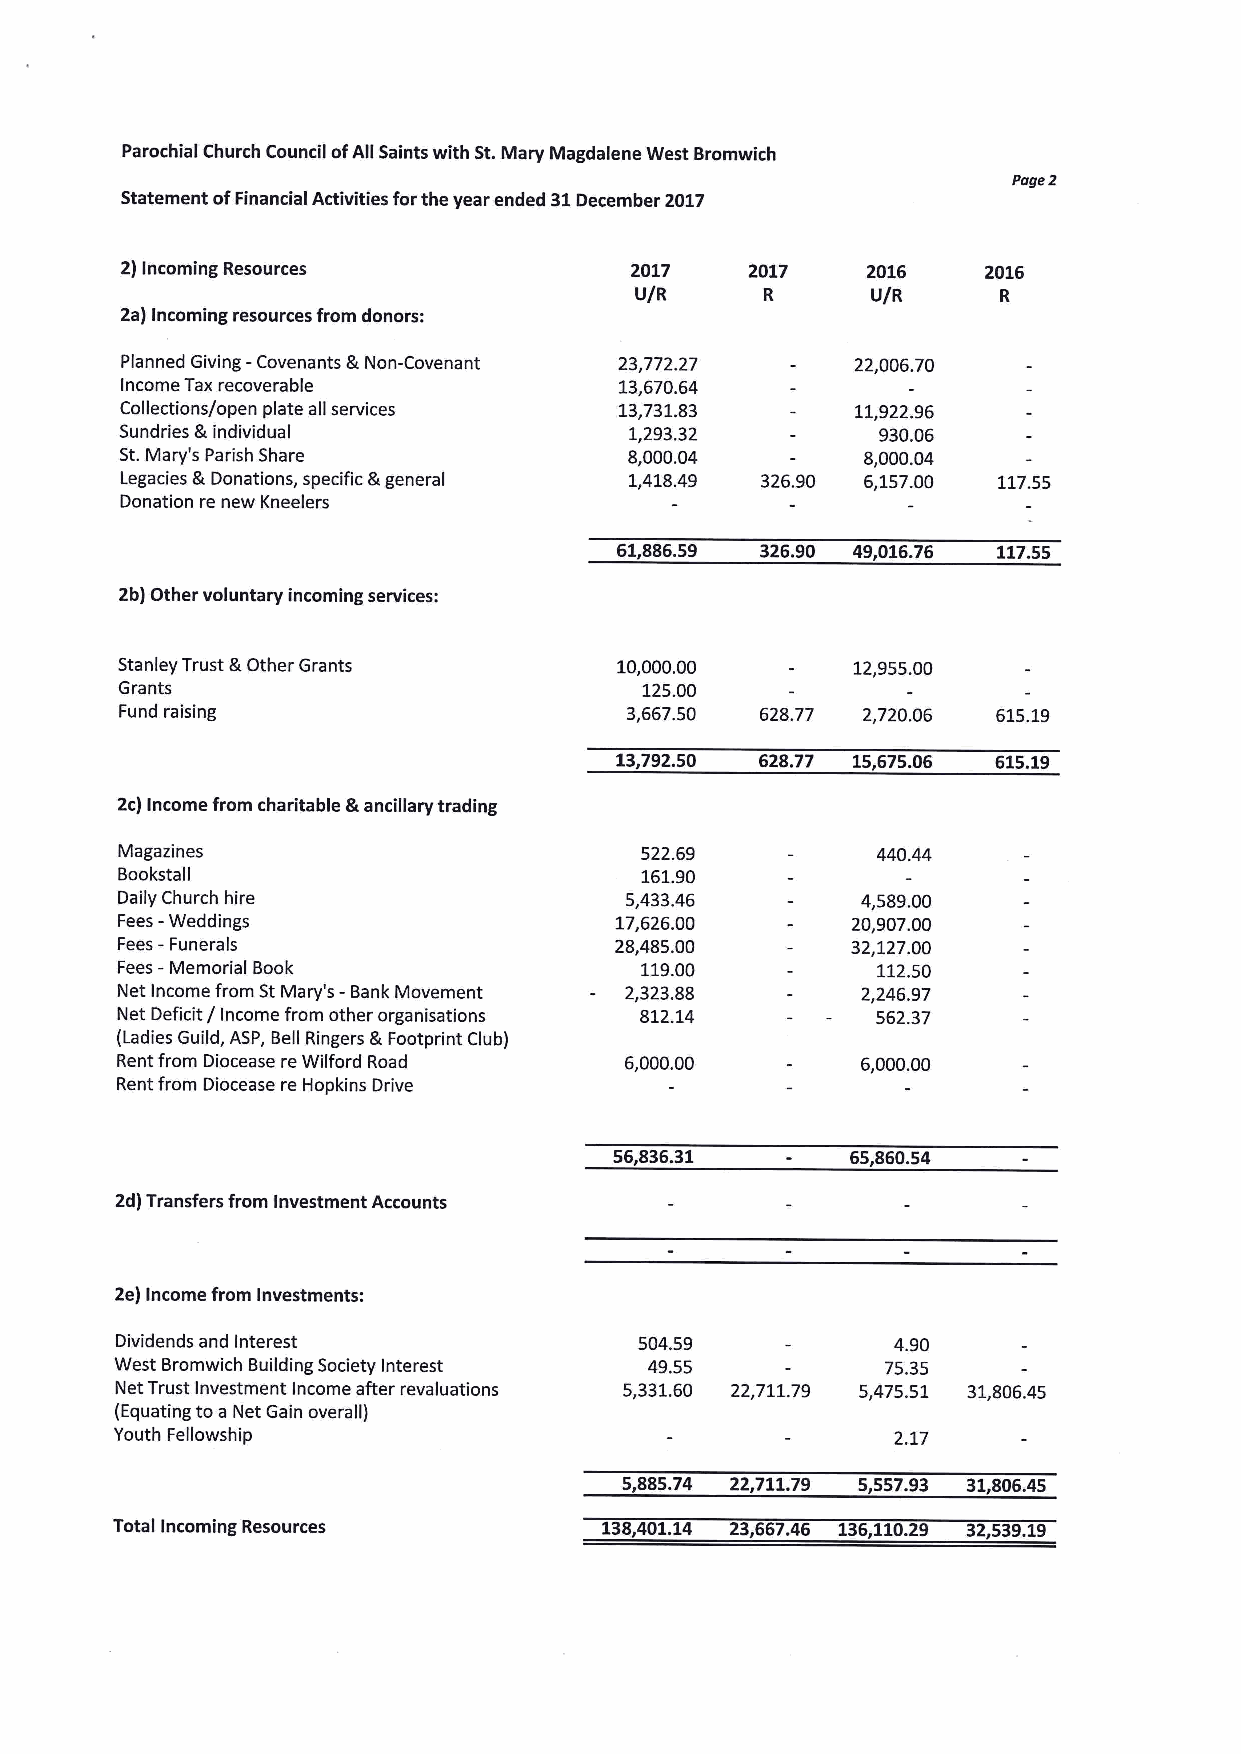
Parochial Church Council ofAll Saints with St.Mary Magdalene West Bromwich
 Page2
 Statement ofFinancial Activities forthe year ended 31December 2017
 2)Incoming Resources              2017    2017   2016    2016
 U/R      R      U/R     R
 2a) Incoming resources from donors:
 -      5
 Planned Giving Covenants Non-Covenant 23,772.27  22,006.70
 Income Tax recoverable           13,670.64
 Collections/open plate all services 13,731.83    11,922.96
 Sundries Ik individual            1,293.32        930.06
 St.Mary's Parish Share            8,000.04       8,000.04
 Legacies 5 Donations, specific 5 general 1,418.49 326.90 6,157.00 117.55
 Donation re new Kneelers
 61,886.59 326.90 49,016.76 117.55
 2b) Other voluntary incoming services:
 Stanley Trust IkOther Grants     10,000.00      12,955.00
 Grants                             125.00
 Fund raising                     3,667.50 628.77 2,720.06 615.19
 13,792.50 628.77 15,675.06 615.19
 2c)Income from charitable Lancillary trading
 Magazines                         522.69          440.44
 Bookstall                         161.90
 Daily Church hire                5,433.46        4,589.00
 Fees -Weddings                   17,626.00      20,907.00
 Fees-
 Funerals                      28,485.00      32,127.00
 Fees - Memorial Book              119.00          112.50
 Net Income from StMary's -Bank Movement 2,323.88 2,246.97
 Net Deficit / Income from other organisations 812.14 562.37
 (Ladies Guild, ASP, Bell Ringers S.Footprint Club)
 Rent from Diocease re Wilford Road 6,000.00      6,000.00
 Rent from Diocease re Hopkins Drive
 56,836.31      65,860.54
 2d)Transfers from Investment Accounts
 2e)Income from Investments:
 Dividends and Interest            504.59           4.90
 West Bromwich Building Society Interest 49.55      75.35
 Net Trust Investment Income after revaluations 5,331.60 22,711.79 5,475.51 31,806.45
 (Equating to a Net Gain overall)
 Youth Fellowship                                   2.17
 5,885.74 22,711.79 5,557.93 31,806.45
 Total Incoming Resources         138,401.14 23,667.46 136,110.29 32,539.19